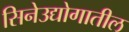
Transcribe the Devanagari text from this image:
सिनेउद्योगातील